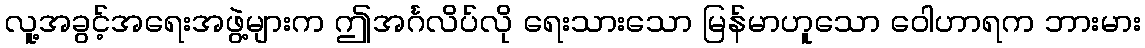
လူ့အခွင့်အရေးအဖွဲ့များက ဤအင်္ဂလိပ်လို ရေးသားသော မြန်မာဟူသော ဝေါဟာရက ဘားမား